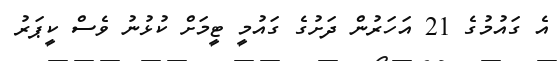
އެ ގައުމުގެ 21 އަހަރުން ދަށުގެ ގައުމީ ޓީމަށް ކުޅުނު ވެސް ކީޕަރު